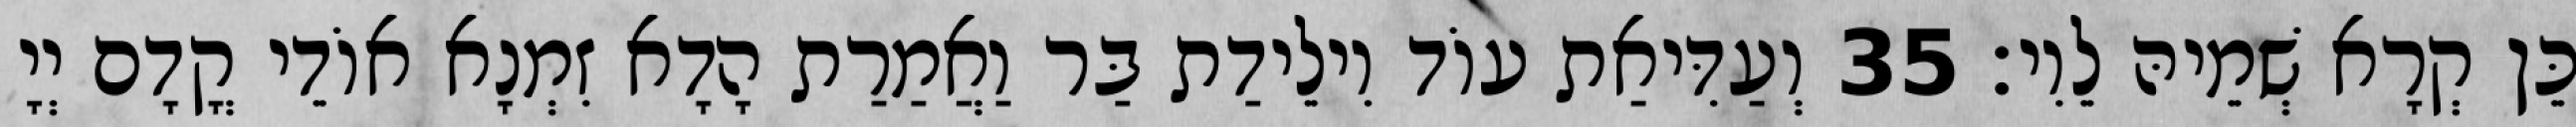
כֵּן קְרָא שְׁמֵיהּ לֵוִי׃ 35 וְעַדִּיאַת עוֹד וִילֵידַת בַּר וַאֲמַרַת הָדָא זִמְנָא אוֹדֵי קֳדָם יְיָ